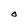
Character: O